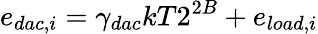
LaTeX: e_{dac,i}=\gamma_{dac}kT2^{2B}+e_{load,i}